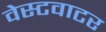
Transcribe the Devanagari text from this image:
वेस्टवाटर